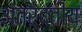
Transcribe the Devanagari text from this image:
अंतर्दंतीय